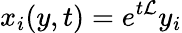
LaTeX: x_{i}(y,t)=e^{t{\cal L}}y_{i}